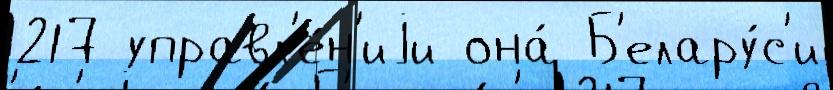
217 управл'е́н'иjи она́ Б'елару́с'и